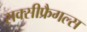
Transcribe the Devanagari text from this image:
सक्सीफ्रैगल्स